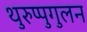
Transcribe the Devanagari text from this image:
थुरुप्पुगुलन